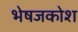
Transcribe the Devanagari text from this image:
भेषजकोश